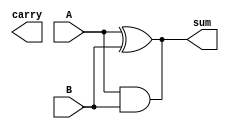
// This program was cloned from: https://github.com/aryanmahawar205/ModelSim-IntelFPGA
// License: GNU General Public License v3.0

//code to implement Half Adder using Structural Modelling

module exp_str(sum, carry, A, B);
input A, B; output sum, carry;
xor g1(sum, A, B);
and g2(sum, A, B);
endmodule